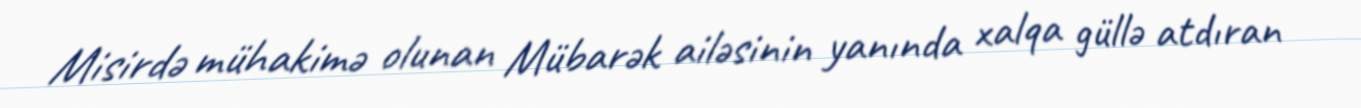
Misirdə mühakimə olunan Mübarək ailəsinin yanında xalqa güllə atdıran